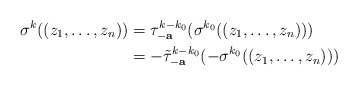
\begin{align*}\sigma^k((z_1,\ldots,z_n))&=\tau_\mathbf{-a}^{k-k_0}(\sigma^{k_0}((z_1,\ldots,z_n)))\\&=-\tilde\tau_\mathbf{-a}^{k-k_0}(-\sigma^{k_0}((z_1,\ldots,z_n)))\end{align*}